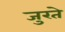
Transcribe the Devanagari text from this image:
जुरते